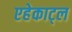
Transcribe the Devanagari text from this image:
एहेकाट्ल